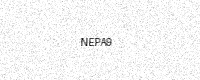
Text: NEPA9